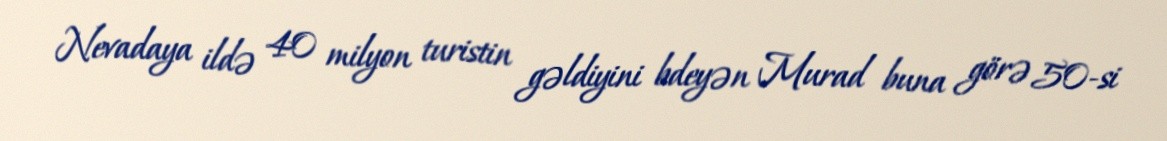
Nevadaya ildə 40 milyon turistin gəldiyini bdeyən Murad buna görə 50-si